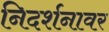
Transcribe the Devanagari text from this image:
निदर्शनावर